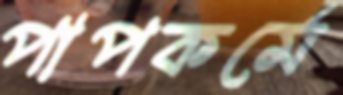
পাপকর্মে